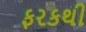
ફરકથી